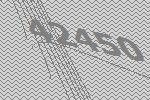
42450